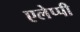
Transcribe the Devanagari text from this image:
एलेप्पी